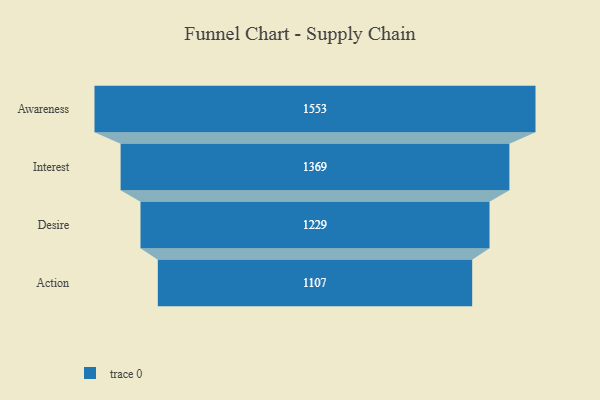
{"axis": {"x": "Stage", "y": "Value"}, "legend": [""], "data": [{"x": "Awareness", "y": 1553.0, "type": ""}, {"x": "Interest", "y": 1369.0, "type": ""}, {"x": "Desire", "y": 1229.0, "type": ""}, {"x": "Action", "y": 1107.0, "type": ""}]}